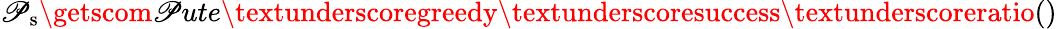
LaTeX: \mathscr{P}_{\mathrm{{s}}}\getscom\mathscr{P}ute\textunderscoregreedy\textunderscoresuccess\textunderscoreratio()